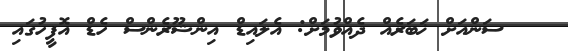
ސަންއަށް ޚަބަރެއް ދެއްވުމަށް: އެލައިޑް އިންޝޫރެންސް ހެޑް އޮފީހުގައި